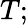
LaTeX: T;